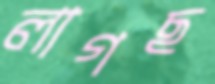
লাগছ